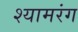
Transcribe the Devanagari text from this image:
श्यामरंग